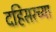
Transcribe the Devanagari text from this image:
दहिसरच्या